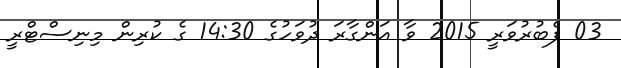
03 ފެބުރުވަރީ 2015 ވާ އަންގާރަ ދުވަހުގެ 14:30 ގެ ކުރިން މިނިސްޓްރީ